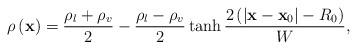
LaTeX: \begin{align*}\rho \left( {\bf{x}} \right) = \frac{{{\rho _l} + {\rho _v}}}{2} - \frac{{{\rho _l} - {\rho _v}}}{2}\tanh \frac{{2\left( {\left| {{\bf{x}} - {{\bf{x}}_0}} \right| - {R_0}} \right)}}{W},\end{align*}